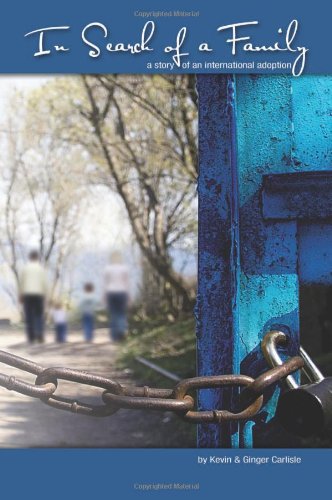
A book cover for In Search of a Family: A Story of an International Adoption; Ginger Carlisle; Travel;